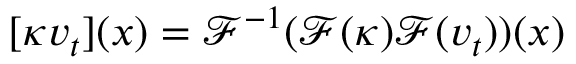
[ \mathcal { \kappa } v _ { t } ] ( x ) = \mathcal { F } ^ { - 1 } ( \mathcal { F } ( \kappa ) \mathcal { F } ( v _ { t } ) ) ( x )